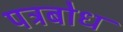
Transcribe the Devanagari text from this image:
पत्रबोध